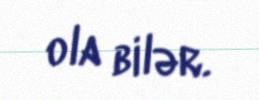
ola bilər.